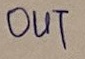
Text: OUT